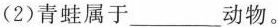
(2)青蛙属于_________动物。